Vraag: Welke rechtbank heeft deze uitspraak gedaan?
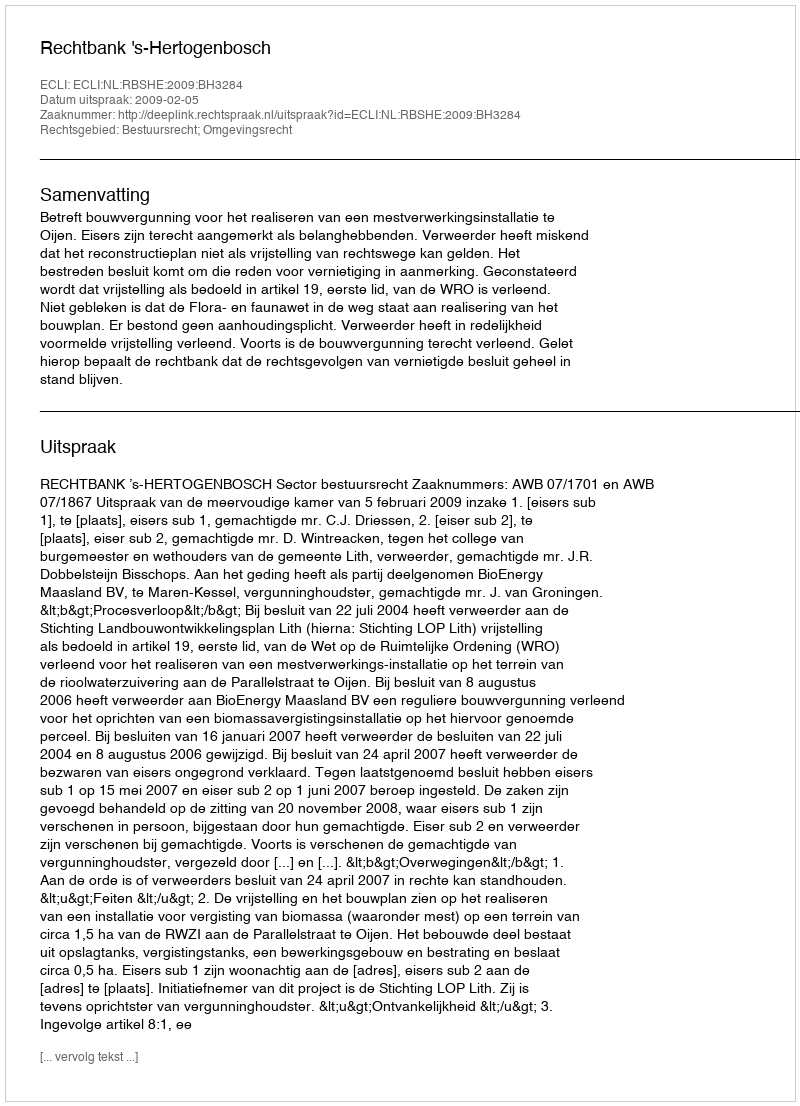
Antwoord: Rechtbank 's-Hertogenbosch